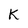
Character: K